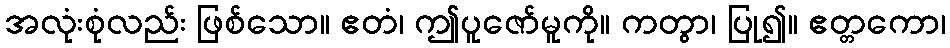
အလုံးစုံလည်း ဖြစ်သော။ ဧတံ၊ ဤပူဇော်မူကို။ ကတွာ၊ ပြု၍။ ဧတ္တကော၊